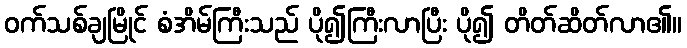
ဝက်သစ်ချမြိုင် စံအိမ်ကြီးသည် ပို၍ကြီးလာပြီး ပို၍ တိတ်ဆိတ်လာ၏။